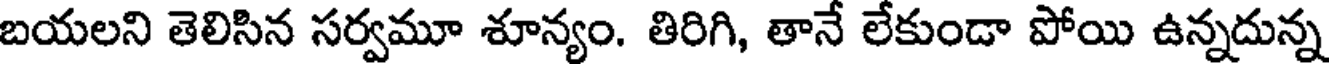
బయలని తెలిసిన సర్వమూ శూన్యం. తిరిగి, తానే లేకుండా పోయి ఉన్నదున్న